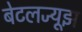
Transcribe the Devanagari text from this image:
बेटलज्यूझ